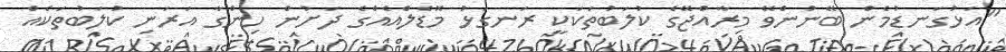
"އަޅުގަނޑުމެން ބޭނުންވޭ މިރާއްޖޭގެ ކުލަބުތަކަކީ ރަނގަޅު މޮޑެލްއެއްގެ ދަށުން ހިންގާ އަރަނި ކުލަބުތަކެއް